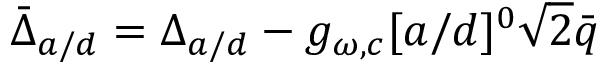
\bar { \Delta } _ { a / d } = \Delta _ { a / d } - g _ { \omega , c } [ a / \smash { d } ] ^ { 0 } \sqrt { 2 } \bar { q }